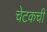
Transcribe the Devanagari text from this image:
चेटकची